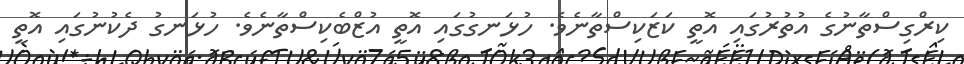
ކިރްގިސްތާނުގެ އުތުރުގައި އޮތީ ކަޒަކިސްތާނެވެ. ހުޅަނގުގައި އޮތީ އުޒްބެކިސްތާނެވެ. ހުޅަނގު ދެކުނުގައި އޮތީ